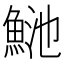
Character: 𩶴